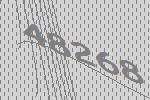
48268